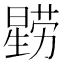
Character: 𭧻